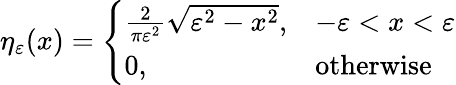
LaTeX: \eta_{\varepsilon}(x)={\left\{ \begin{array}{ll}{{\frac{2}{\pi\varepsilon^{2}}}{\sqrt{\varepsilon^{2}-x^{2}}},}&{-\varepsilon<x<\varepsilon}\\ {0,}&{{\mathrm{otherwise}}}\end{array}\right.}